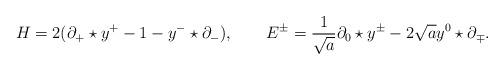
LaTeX: \begin{align*} H =2(\partial_+\star y^+-1 -y^-\star\partial_-),~~~~~~ E^\pm = \displaystyle\frac{1}{\sqrt{a}}\partial_0\star y^\pm -2\sqrt{a}y^0\star\partial_\mp.\end{align*}